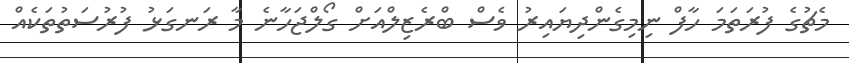
މެޗުގެ ފުރަތަމަ ހާފް ނިމިގެންދިޔައިރު ވެސް ބްރެޒިލްްއަށް ގޯލްޖަހާނެ މާ ރަނގަޅު ފުރުސަތުތަކެއް